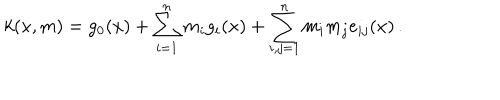
k ( x , m ) = g _ { 0 } ( x ) + \sum _ { i = 1 } ^ { n } m _ { i } g _ { i } ( x ) + \sum _ { i , j = 1 } ^ { n } m _ { i } m _ { j } e _ { i j } ( x ) \, .